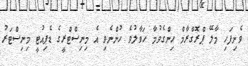
ވެށިފަހި މާލޭ ޕްރޮގްރާމް ހިންގެވުމާ ހަވާލުވެ ހުންނެވި އެ މިނިސްޓްރީގެ ޑެޕިއުޓީ މިނިސްޓަރު